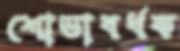
শোভাবর্ধক